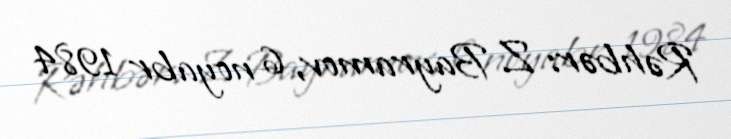
Rəhbər: Z. Bayramov, 6 noyabr 1984